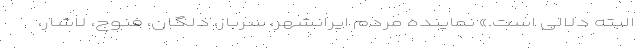
البته دلالی است.» نماینده مردم ایرانشهر، سرباز، دلگان، فنوج، لاشار،